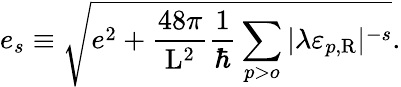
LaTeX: e_{s}\equiv\sqrt{e^{2}+\frac{48\pi}{\mathrm{L}^{2}}\frac{1}{\hbar}\sum_{p>o}|\lambda\varepsilon_{p,\mathrm{R}}|^{-s}}.